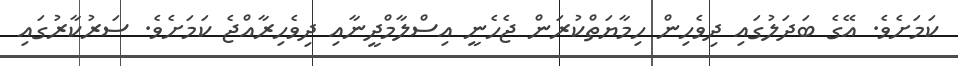
ކަމަށެވެ. އޭގެ ބަދަލުގައި ދިވެހިން ހިމާޔަތްކުރަން ޖެހެނީ އިސްލާމްދީނާއި ދިވެހިރާއްޖެ ކަމަށެވެ. ސަރުކާރުގައި